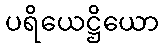
ပရိယေဋ္ဌိယော